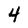
Character: 4